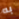
به